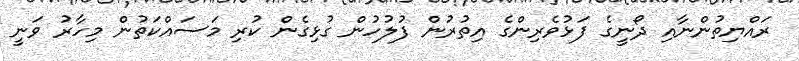
ރައްޔިތުންނާއި ދޯނީގެ ފަޅުވެރިންގެ އިތުރުން ފުލުހުން ގުޅިގެން ކުރި މަސައްކަތުން މިހާރު ވަނީ